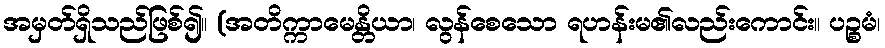
အမှတ်ရှိသည်ဖြစ်၍။ (အတိက္ကာမေန္တိယာ၊ လွန်စေသော ရဟန်းမ၏လည်းကောင်း။ ပဉ္စမံ၊